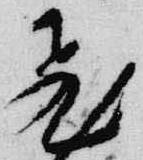
飛